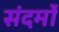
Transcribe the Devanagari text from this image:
संदर्मों